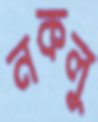
নকলু